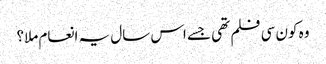
وہ کون سی فلم تھی جسے اس سال یہ انعام ملا؟